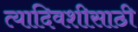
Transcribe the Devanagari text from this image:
त्यादिवशीसाठी